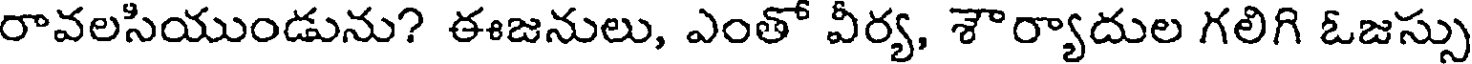
రావలసియుండును? ఈజనులు, ఎంతో వీర్య, శౌర్యాదుల గలిగి ఓజస్సు